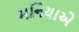
મનિયાએ